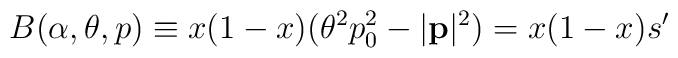
B(\alpha ,\theta ,p)\equiv x(1-x)(\theta ^{2}p^{2}_{0}-|\mathbf{p}|^{2})=x(1-x)s'